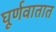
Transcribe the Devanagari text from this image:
घूर्णवातात